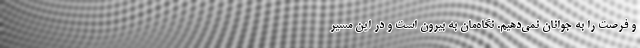
و فرصت را به جوانان نمی‌دهیم. نگاه‌مان به بیرون است و در این مسیر